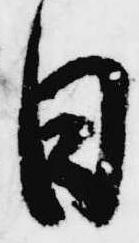
日